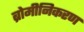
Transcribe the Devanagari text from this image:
ब्रोमीनिकरण